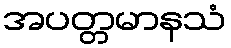
အပတ္တမာနသံ